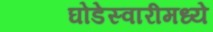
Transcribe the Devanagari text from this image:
घोडेस्वारीमध्ये